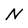
Character: N